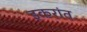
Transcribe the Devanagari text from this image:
इकरांत